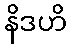
နိဒဟိ